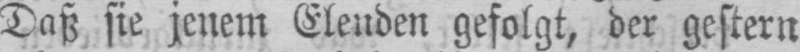
Daß sie jenem Elenden gefolgt, der gestern